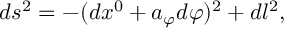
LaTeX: d s ^ { 2 } = - ( d x ^ { 0 } + a _ { \varphi } d \varphi ) ^ { 2 } + d l ^ { 2 } ,